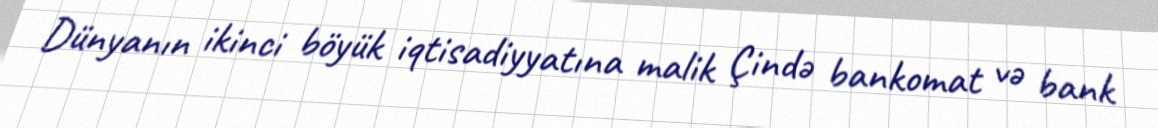
Dünyanın ikinci böyük iqtisadiyyatına malik Çində bankomat və bank